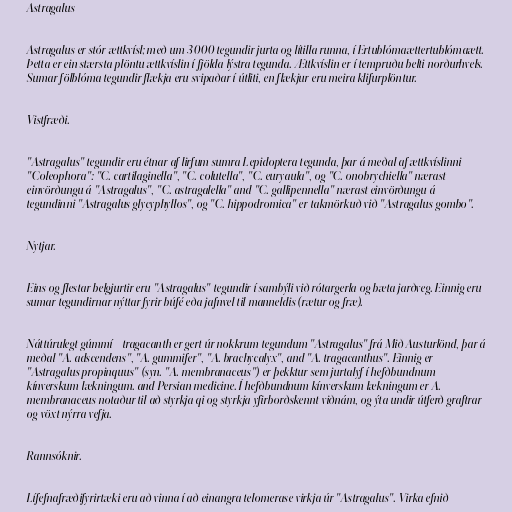
Astragalus

Astragalus er stór ættkvísl; með um 3000 tegundir jurta og lítilla runna, í Ertublómaættertublómaætt.
Þetta er ein stærsta plöntu ættkvíslin í fjölda lýstra tegunda. Ættkvíslin er í tempruðu belti norðurhvels.
Sumar fölblóma tegundir flækja eru svipaðar í útliti, en flækjur eru meira klifurplöntur.

Vistfræði.

"Astragalus" tegundir eru étnar af lirfum sumra Lepidoptera tegunda, þar á meðal af ættkvíslinni
"Coleophora": "C. cartilaginella", "C. colutella", "C. euryaula", og "C. onobrychiella" nærast
einvörðungu á "Astragalus", "C. astragalella" and "C. gallipennella" nærast einvörðungu á
tegundinni "Astragalus glycyphyllos", og "C. hippodromica" er takmörkuð við "Astragalus gombo".

Nytjar.

Eins og flestar belgjurtir eru "Astragalus" tegundir í sambýli við rótargerla og bæta jarðveg. Einnig eru
sumar tegundirnar nýttar fyrir búfé eða jafnvel til manneldis (rætur og fræ).

Náttúrulegt gúmmí - tragacanth er gert úr nokkrum tegundum "Astragalus" frá Mið Austurlönd, þar á
meðal "A. adscendens", "A. gummifer", "A. brachycalyx", and "A. tragacanthus". Einnig er
"Astragalus propinquus" (syn. "A. membranaceus") er þekktur sem jurtalyf í hefðbundnum
kínverskum lækningum. and Persian medicine. Í hefðbundnum kínverskum lækningum er A.
membranaceus notaður til að styrkja qi og styrkja yfirborðskennt viðnám, og ýta undir útferð graftrar
og vöxt nýrra vefja.

Rannsóknir.

Lífefnafræðifyrirtæki eru að vinna í að einangra telomerase virkja úr "Astragalus". Virka efnið